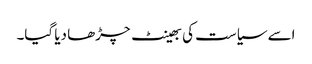
اسے سیاست کی بھینٹ چڑھا دیا گیا۔